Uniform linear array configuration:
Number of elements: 4
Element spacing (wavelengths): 0.5
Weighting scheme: hann
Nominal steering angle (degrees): -60
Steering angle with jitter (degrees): -59.85
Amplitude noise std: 0.05
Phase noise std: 0.05

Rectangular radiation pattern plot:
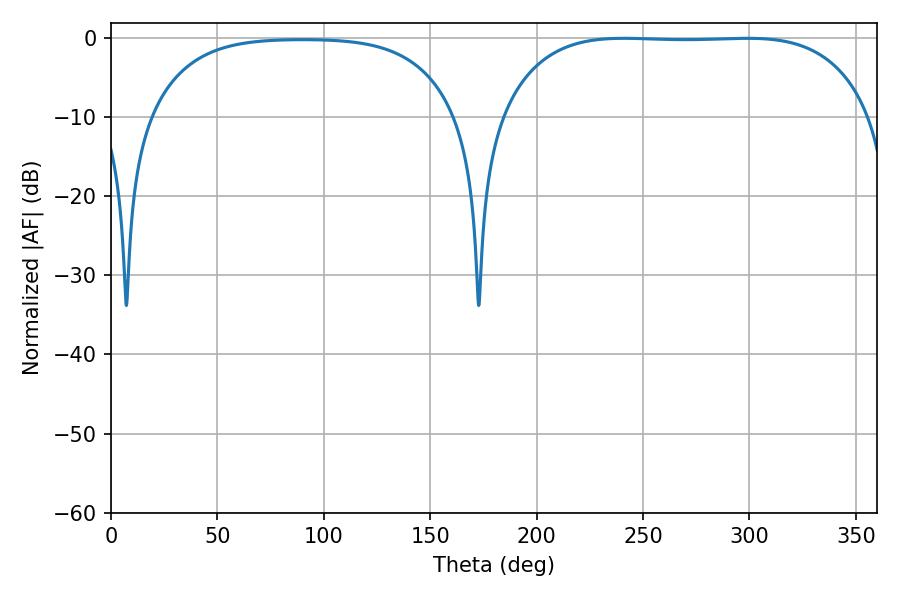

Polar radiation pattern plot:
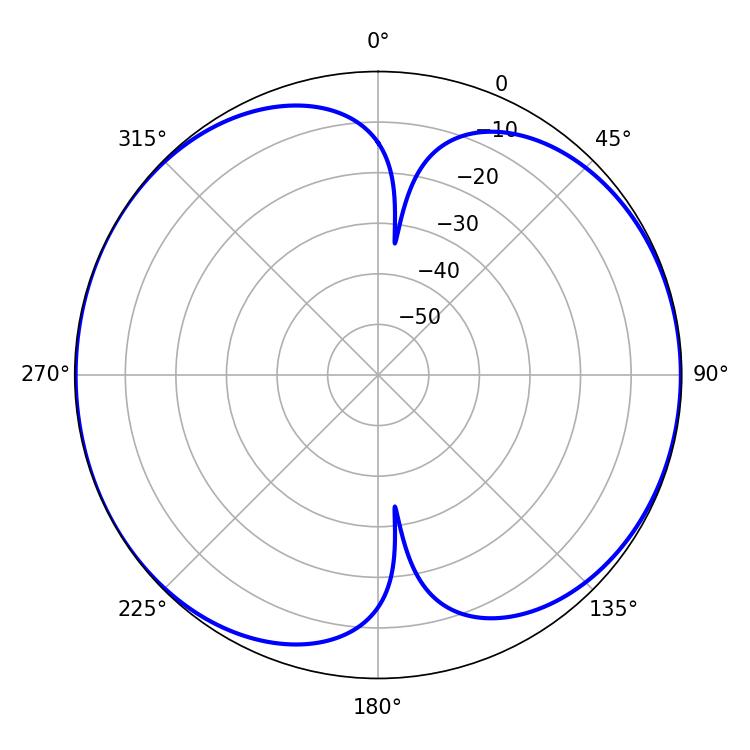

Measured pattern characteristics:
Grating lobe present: FALSE
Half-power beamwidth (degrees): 135.72
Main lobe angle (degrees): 241.02